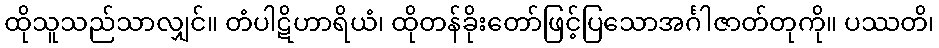
ထိုသူသည်သာလျှင်။ တံပါဋိဟာရိယံ၊ ထိုတန်ခိုးတော်ဖြင့်ပြသောအင်္ဂါဇာတ်တုကို။ ပဿတိ၊